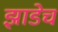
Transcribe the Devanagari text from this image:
झाडेच